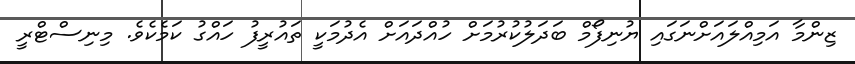
ޒިންމާ އަމިއްލައަށްނަގައި ޔުނިފޯމް ބަދަލުކުރުމަށް ހުއްދައަށް އެދުމަކީ ތައުރީފު ހައްގު ކަމެކެވެ. މިނިސްޓްރީ